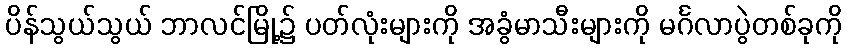
ပိန်သွယ်သွယ် ဘာလင်မြို့၌ ပတ်လုံးများကို အခွံမာသီးများကို မင်္ဂလာပွဲတစ်ခုကို